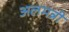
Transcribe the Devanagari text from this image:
अलमन्नी